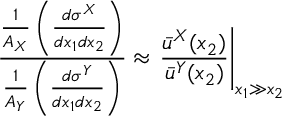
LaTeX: \frac { \frac { 1 } { A _ { X } } \left( \frac { d \sigma ^ { X } } { d x _ { 1 } d x _ { 2 } } \right) } { \frac { 1 } { A _ { Y } } \left( \frac { d \sigma ^ { Y } } { d x _ { 1 } d x _ { 2 } } \right) } \approx \left. \frac { \bar { u } ^ { X } ( x _ { 2 } ) } { \bar { u } ^ { Y } ( x _ { 2 } ) } \right| _ { x _ { 1 } \gg x _ { 2 } }